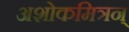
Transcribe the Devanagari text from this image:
अशोकमित्रन्